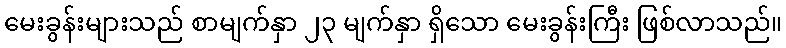
မေးခွန်းများသည် စာမျက်နှာ ၂၃ မျက်နှာ ရှိသော မေးခွန်းကြီး ဖြစ်လာသည်။